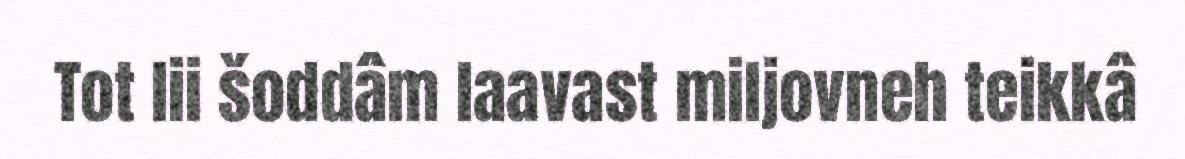
Tot lii šoddâm laavast miljovneh teikkâ